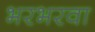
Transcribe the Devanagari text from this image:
भरभरवा